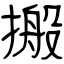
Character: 搬